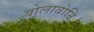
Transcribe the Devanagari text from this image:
बोलावोनि